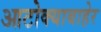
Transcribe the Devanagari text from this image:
आटोक्याबाहेर